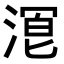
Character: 𬈒